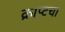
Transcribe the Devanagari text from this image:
क्राप्टचा